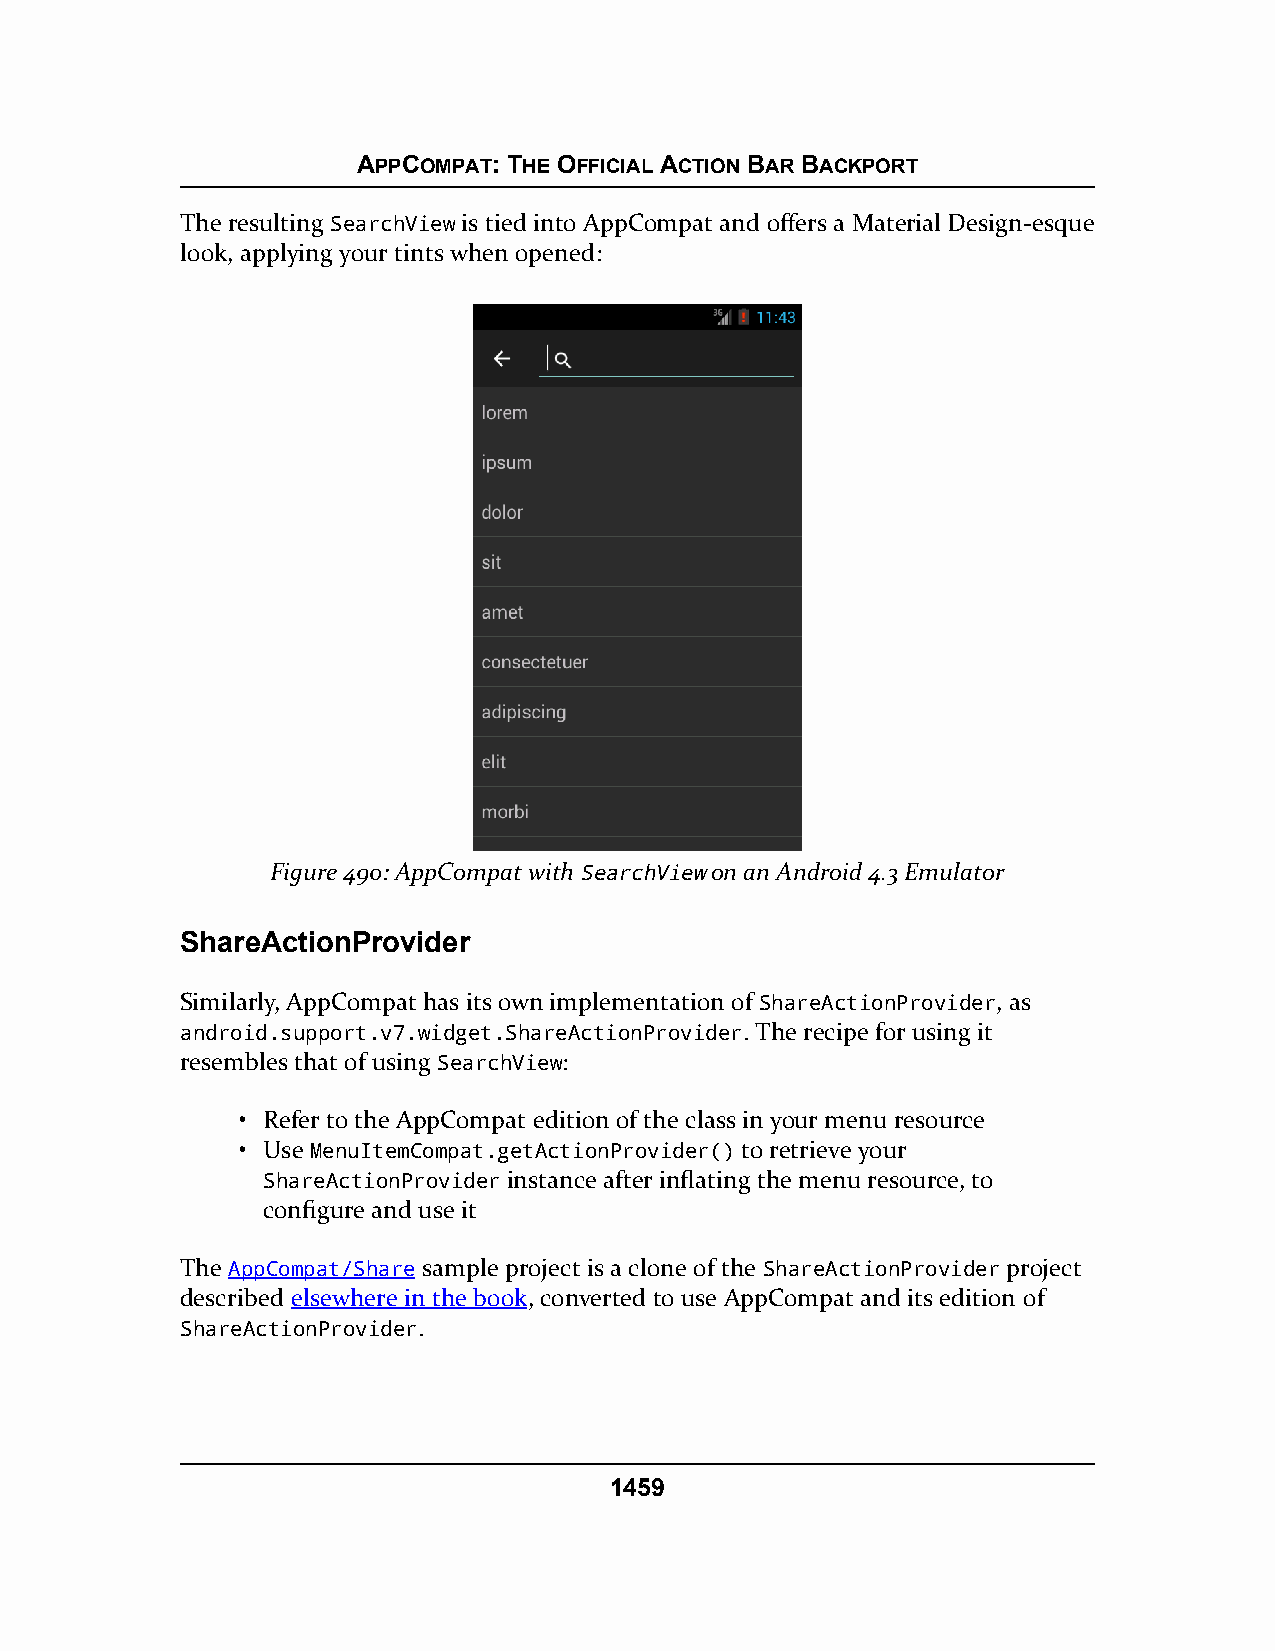
APPCOMPAT: THE OFFICIAL ACTION BAR BACKPORT
 The resulting SearchView is tied into AppCompat and offers a Material Design-esque
 look, applying your tints when opened:
 Figure 490: AppCompat withSearchViewon an Android 4.3 Emulator
 ShareActionProvider
 Similarly, AppCompat has its own implementation of ShareActionProvider, as
 android.support.v7.widget.ShareActionProvider. The recipe for using it
 resembles that of using SearchView:
 • Refer to the AppCompat edition of the class in your menu resource
 • Use MenuItemCompat.getActionProvider() to retrieve your
 ShareActionProvider instance after inflating the menu resource, to
 configure and use it
 The AppCompat/Share sample project is a clone of the ShareActionProvider project
 described elsewhere in the book, converted to use AppCompat and its edition of
 ShareActionProvider.
 1459